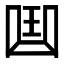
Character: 𠚖